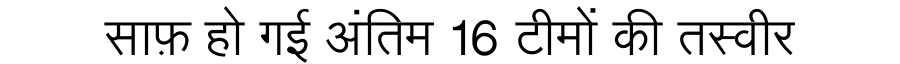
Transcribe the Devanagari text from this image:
साफ़ हो गई अंतिम 16 टीमों की तस्वीर